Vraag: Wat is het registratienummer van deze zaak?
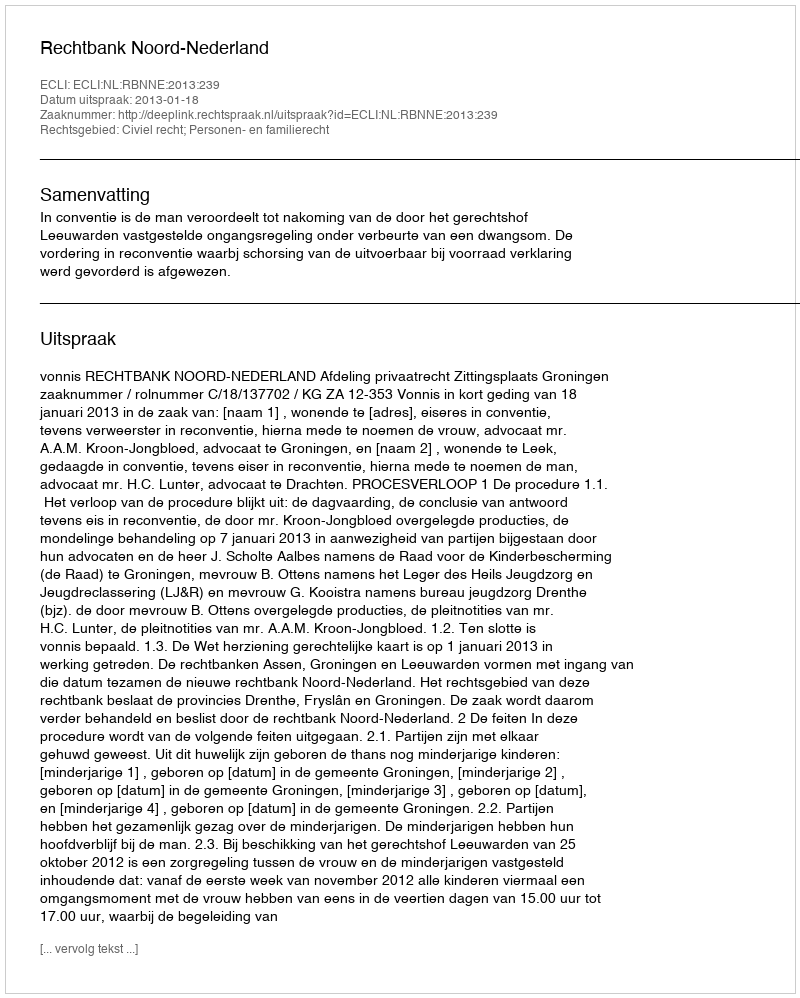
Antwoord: http://deeplink.rechtspraak.nl/uitspraak?id=ECLI:NL:RBNNE:2013:239